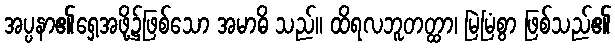
အပ္ပနာ၏ရှေ့အဖို့၌ဖြစ်သော အမာဓိ သည်။ ထိရလဘူတတ္ထာ၊ မြဲမြံစွာ ဖြစ်သည်၏